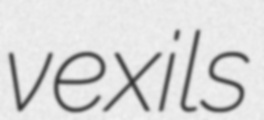
vexils